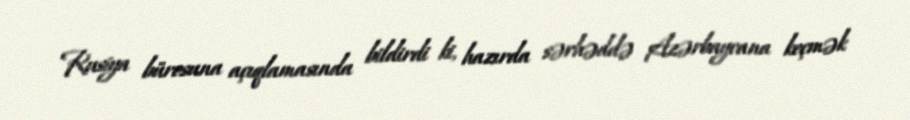
Rusiya bürosuna açıqlamasında bildirdi ki, hazırda sərhəddə Azərbaycana keçmək